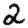
Digit: 2